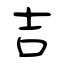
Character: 吉